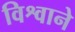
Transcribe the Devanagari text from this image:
विश्वाने